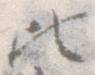
ひ